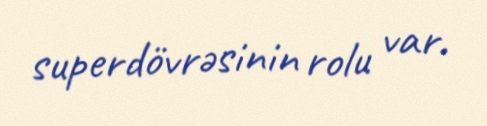
superdövrəsinin rolu var.